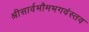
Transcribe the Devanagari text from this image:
श्रीसार्वभौमभगवंस्तव